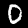
Label: 0